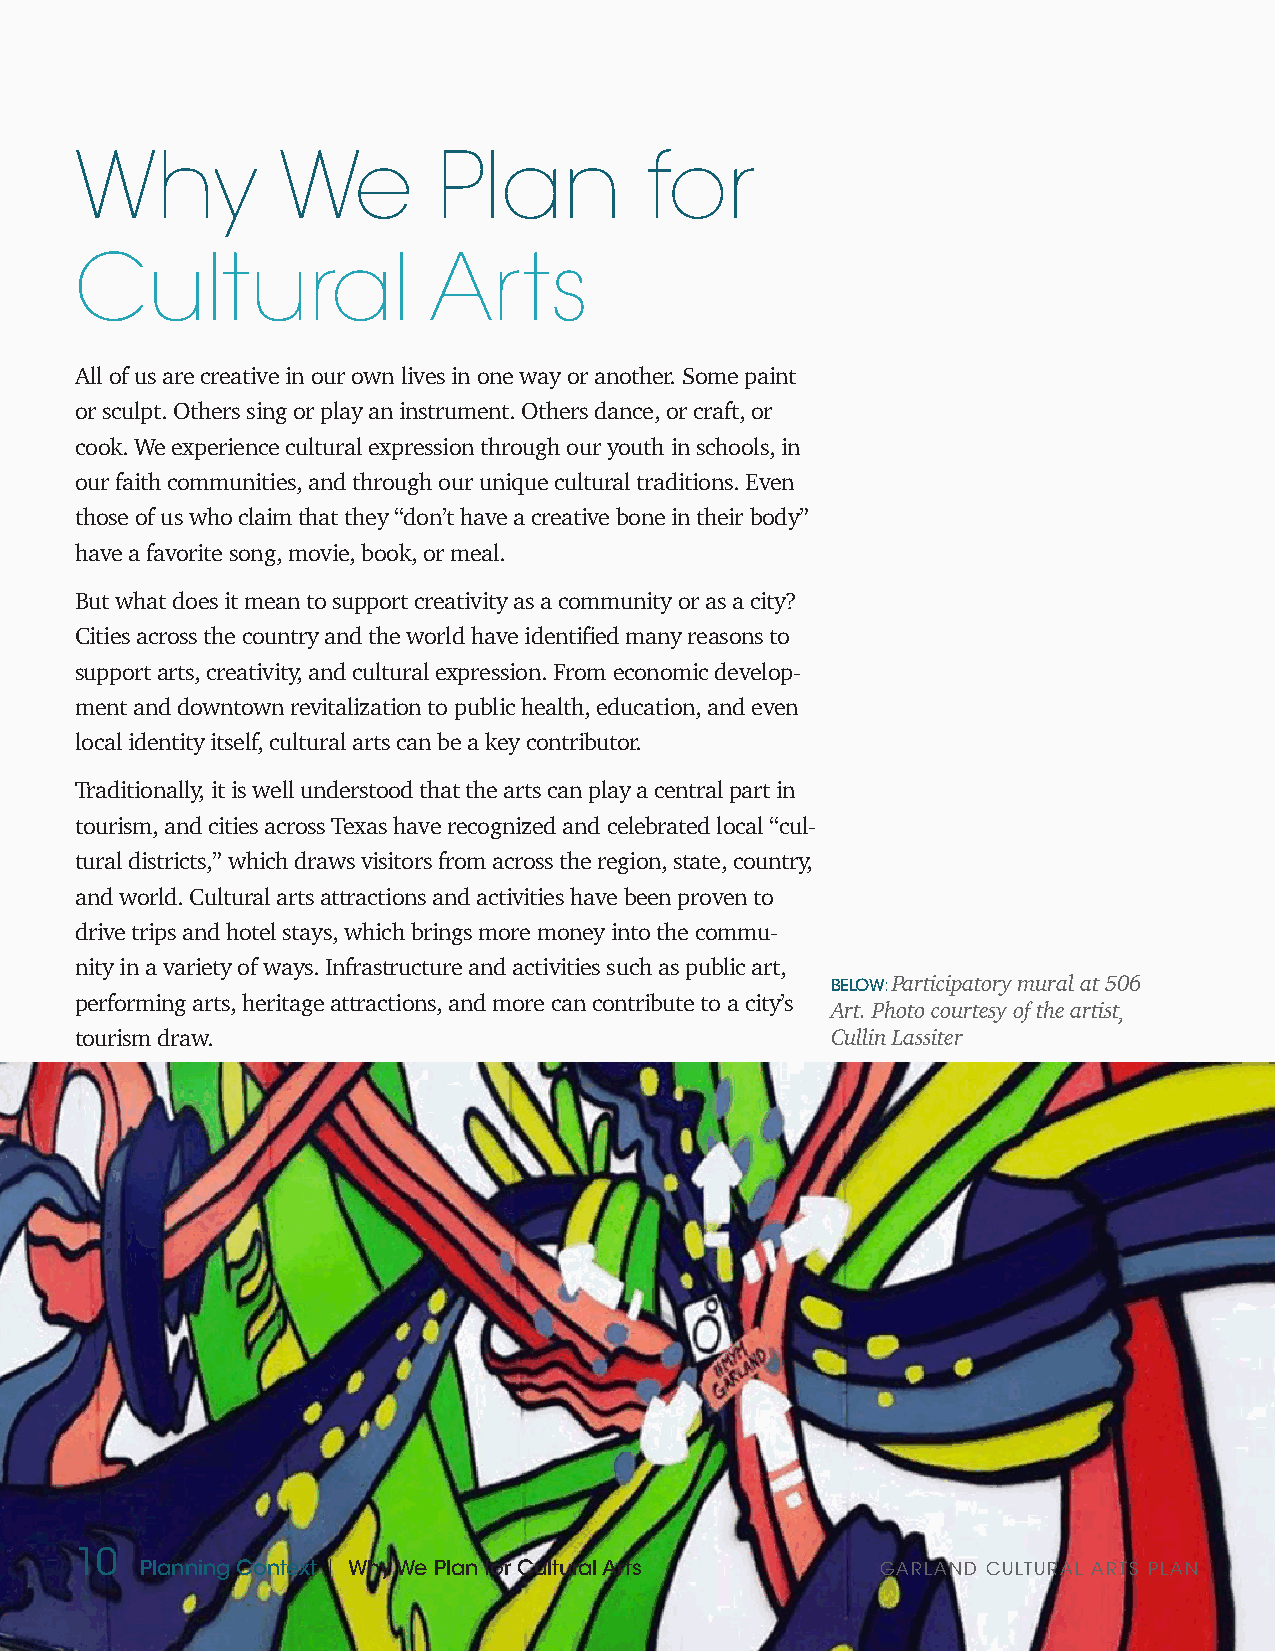
Why          We         Plan          for
 Cultural               Arts
 All of us are creative in our own lives in one way or another. Some paint
 or sculpt. Others sing or play an instrument. Others dance, or craft, or
 cook. We experience cultural expression through our youth in schools, in
 our faith communities, and through our unique cultural traditions. Even
 those of us who claim that they “don’t have a creative bone in their body”
 have a favorite song, movie, book, or meal.
 But what does it mean to support creativity as a community or as a city?
 Cities across the country and the world have identified many reasons to
 support arts, creativity, and cultural expression. From economic develop-
 ment and downtown revitalization to public health, education, and even
 local identity itself, cultural arts can be a key contributor.
 Traditionally, it is well understood that the arts can play a central part in
 tourism, and cities across Texas have recognized and celebrated local “cul-
 tural districts,” which draws visitors from across the region, state, country,
 and world. Cultural arts attractions and activities have been proven to
 drive trips and hotel stays, which brings more money into the commu-
 nity in a variety of ways. Infrastructure and activities such as public art,
 BELOW: Participatory mural at 506
 performing arts, heritage attractions, and more can contribute to a city’s
 Art. Photo courtesy of the artist,
 tourism draw.                                     Cullin Lassiter
 10
 Planning Context | Why We Plan for Cultural Arts GARLAND CULTURAL ARTS PLAN